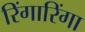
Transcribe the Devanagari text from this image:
रिंगारिंगा